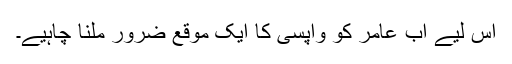
اس لیے اب عامر کو واپسی کا ایک موقع ضرور ملنا چاہیے۔